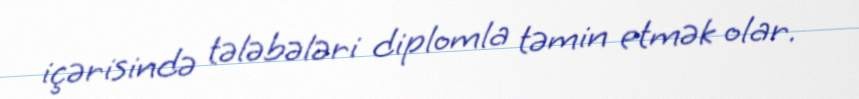
içərisində tələbələri diplomla təmin etmək olar.